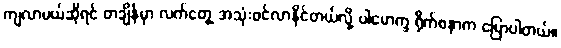
ကျလာမယ်ဆိုရင် တချိန်မှာ လက်တွေ့ အသုံးဝင်လာနိုင်တယ်လို့ ပါမောက္ခ ရိုက်စနာက ပြောပါတယ်။